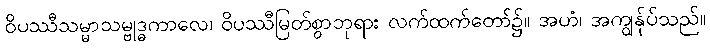
ဝိပဿီသမ္မာသမ္ဗုဒ္ဓကာလေ၊ ဝိပဿီမြတ်စွာဘုရား လက်ထက်တော်၌။ အဟံ၊ အကျွန်ုပ်သည်။